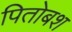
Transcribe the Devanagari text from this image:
पितोबश